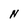
Character: N